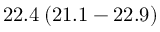
2 2 . 4 \: ( 2 1 . 1 - 2 2 . 9 )